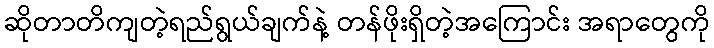
ဆိုတာတိကျတဲ့ရည်ရွယ်ချက်နဲ့ တန်ဖိုးရှိတဲ့အကြောင်း အရာတွေကို